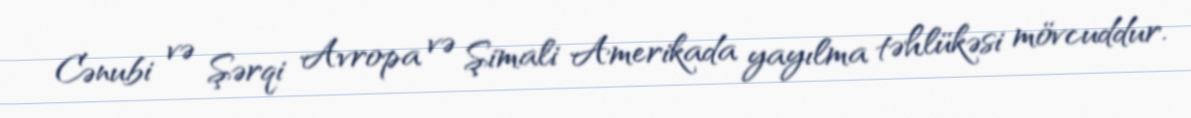
Cənubi və Şərqi Avropa və Şimali Amerikada yayılma təhlükəsi mövcuddur.